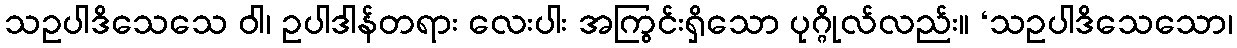
သဥပါဒိသေသေ ဝါ၊ ဥပါဒါန်တရား လေးပါး အကြွင်းရှိသော ပုဂ္ဂိုလ်လည်း။ ‘သဥပါဒိသေသော၊